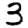
Digit: 3